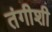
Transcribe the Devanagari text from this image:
तंगीशी